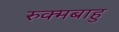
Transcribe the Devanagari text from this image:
रुक्मबाहु